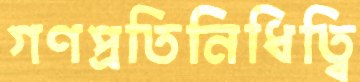
গণপ্রতিনিধিত্বি